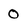
Character: 0